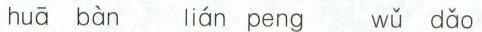
huā bàn lián peng wǔ dǎo